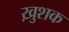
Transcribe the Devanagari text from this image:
ख़ुशक